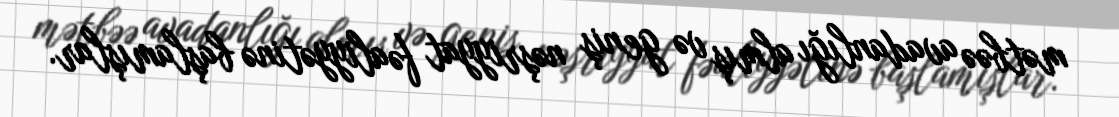
mətbəə avadanlığı almış və geniş nəşriyyat fəaliyyətinə başlamışlar.